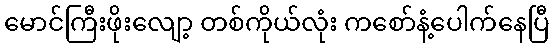
မောင်ကြီးဖိုးလျော့ တစ်ကိုယ်လုံး ကစော်နံ့ပေါက်နေပြီ